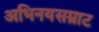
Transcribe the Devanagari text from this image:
अभिनयसम्राट